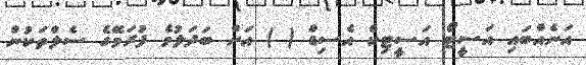
އަނެއްބައި އަސީޓޯ އަސީޓިކް އެސިޑް ( ) އަށް ބަދަލުވެ ފުރަމޭގެ ސެލްތަކުން